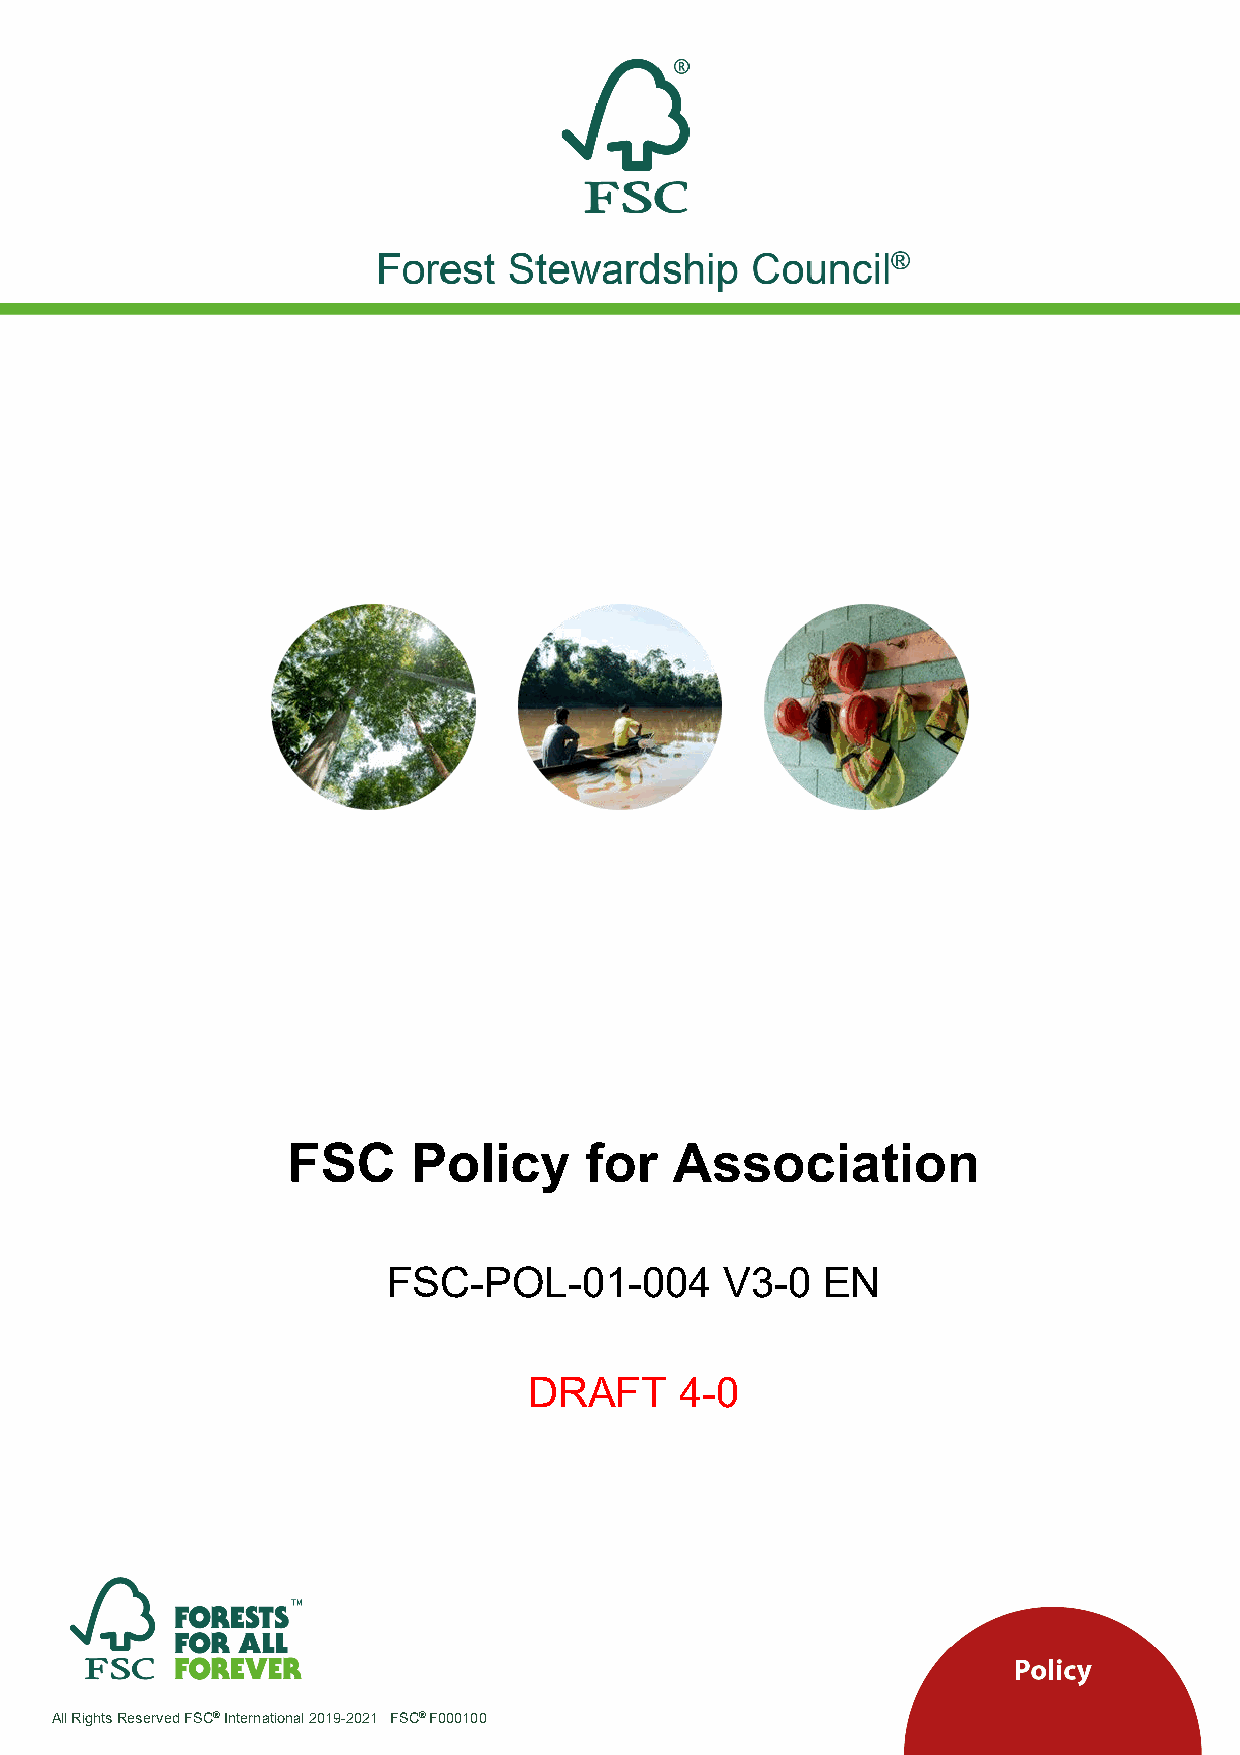
FSC     Policy      for   Association
 FSC-POL-01-004        V3-0  EN
 DRAFT     4-0
 All Rights Reserved FSC® International 2019-2021 FSC® F000100